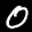
Label: 0